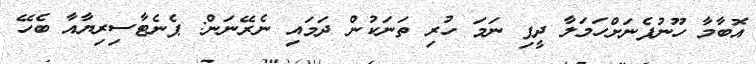
އޮބާމާ ހޫނުފެނަށްހަމަލާ ދީފި ނަމަ ހުރި ތަނަކުން ދަމައި ނެރޭނަން: ޕެނެޓާސިރިޔާއާ ބެހޭ